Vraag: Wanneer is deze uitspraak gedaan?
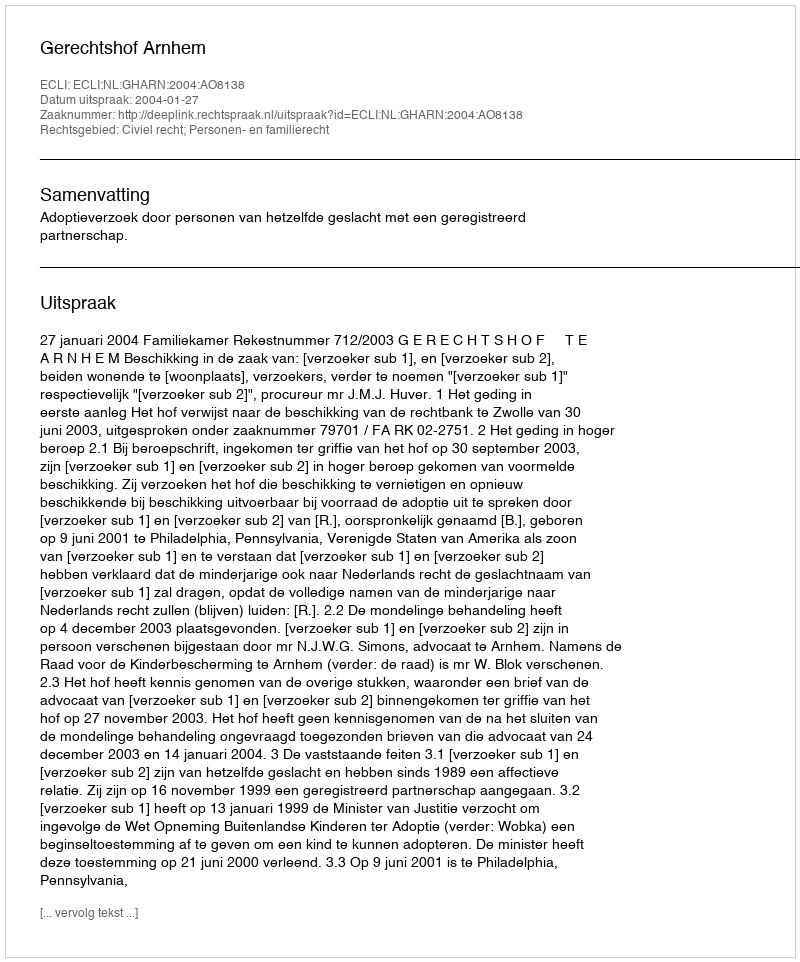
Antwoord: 2004-01-27